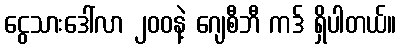
ငွေသားဒေါ်လာ ၂၀၀နဲ့ ဂျေစီဘီ ကဒ် ရှိပါတယ်။